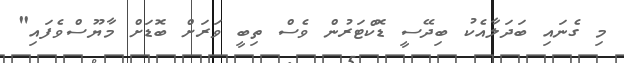
މި ގެނައި ބަދަލާއެކު ބިދޭސީ ޑޮކްޓަރުން ވެސް ތިބީ ވަރަށް ބޮޑަށް މާޔޫސްވެފައި"